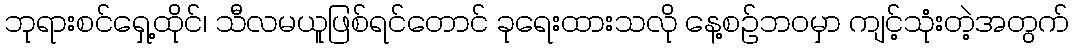
ဘုရားစင်ရှေ့ထိုင်၊ သီလမယူဖြစ်ရင်တောင် ခုရေးထားသလို နေ့စဉ်ဘဝမှာ ကျင့်သုံးတဲ့အတွက်